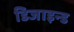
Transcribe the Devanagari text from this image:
डिजाइन्ड